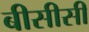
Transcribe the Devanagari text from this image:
बीसीसी